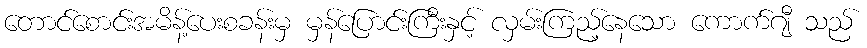
တောင်စောင်းအမိန့်ပေးစခန်းမှ မှန်ပြောင်းကြီးနှင့် လှမ်းကြည့်နေသော ကောက်ဂျီ သည်